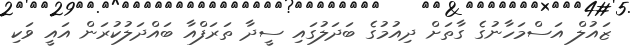
ޒައުލް އަސްމަހާނުގެ ގާތަށް ދިއުމުގެ ބަދަލުގައި ސީދާ ތަރަފްއާ ބައްދަލުކުރަން އައީ ވަކި